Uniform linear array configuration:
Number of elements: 64
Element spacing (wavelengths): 0.75
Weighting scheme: hann
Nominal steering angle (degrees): -30
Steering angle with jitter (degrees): -29.684
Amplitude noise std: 0.05
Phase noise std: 0.05

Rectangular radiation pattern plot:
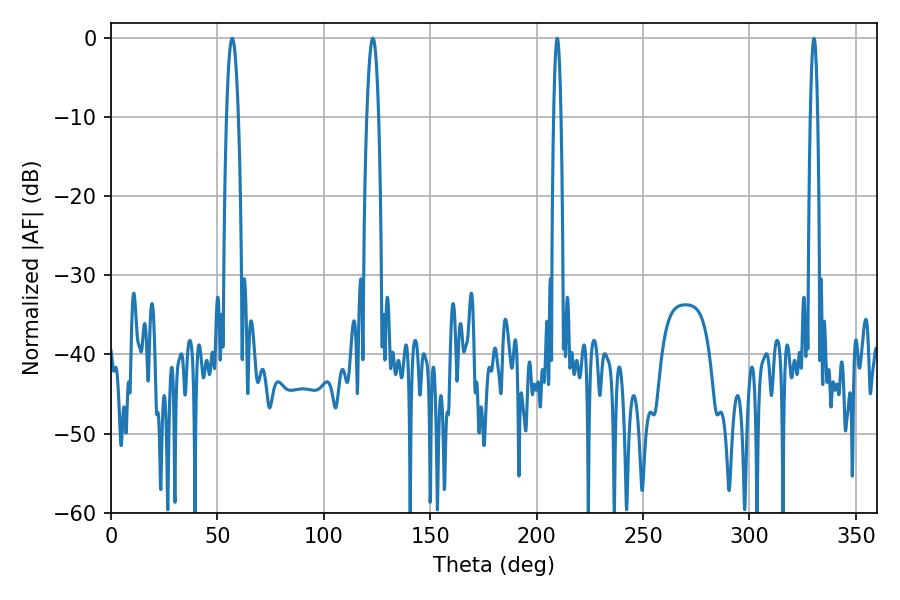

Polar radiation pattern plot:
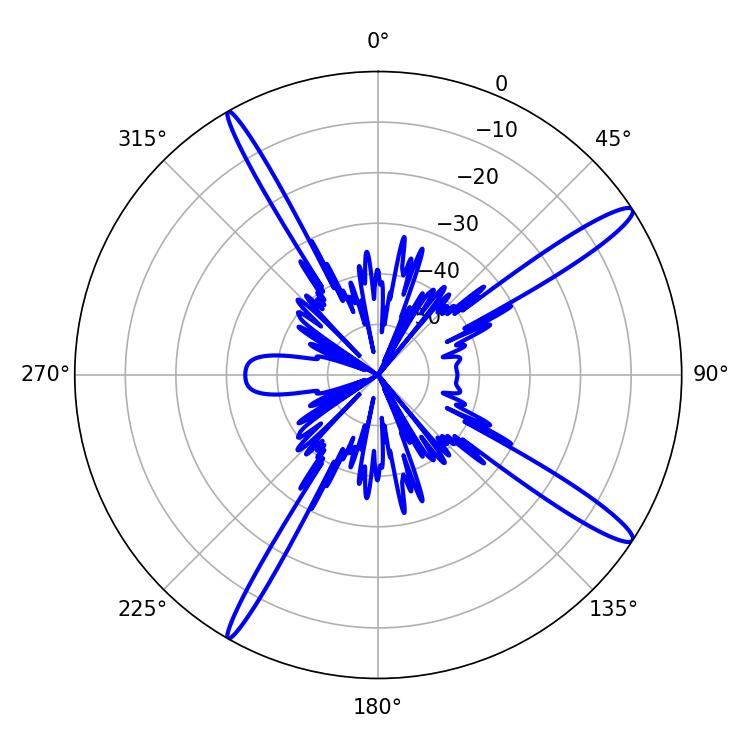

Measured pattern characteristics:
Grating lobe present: TRUE
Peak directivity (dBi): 15.12
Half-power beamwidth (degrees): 1.8
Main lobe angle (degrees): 209.7